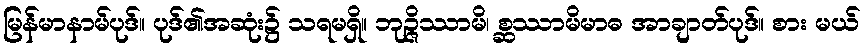
မြန်မာနာမ်ပုဒ်။ ပုဒ်၏အဆုံး၌ သရမရှိ။ ဘုဉ္ဇိဿာမိ၊ စ္ဆဿာမိမာဓ အာချာတ်ပုဒ်။ စား မယ်